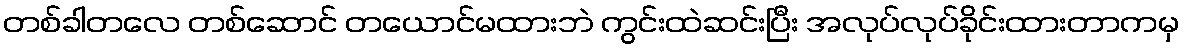
တစ်ခါတလေ တစ်ဆောင် တယောင်မထားဘဲ ကွင်းထဲဆင်းပြီး အလုပ်လုပ်ခိုင်းထားတာကမှ